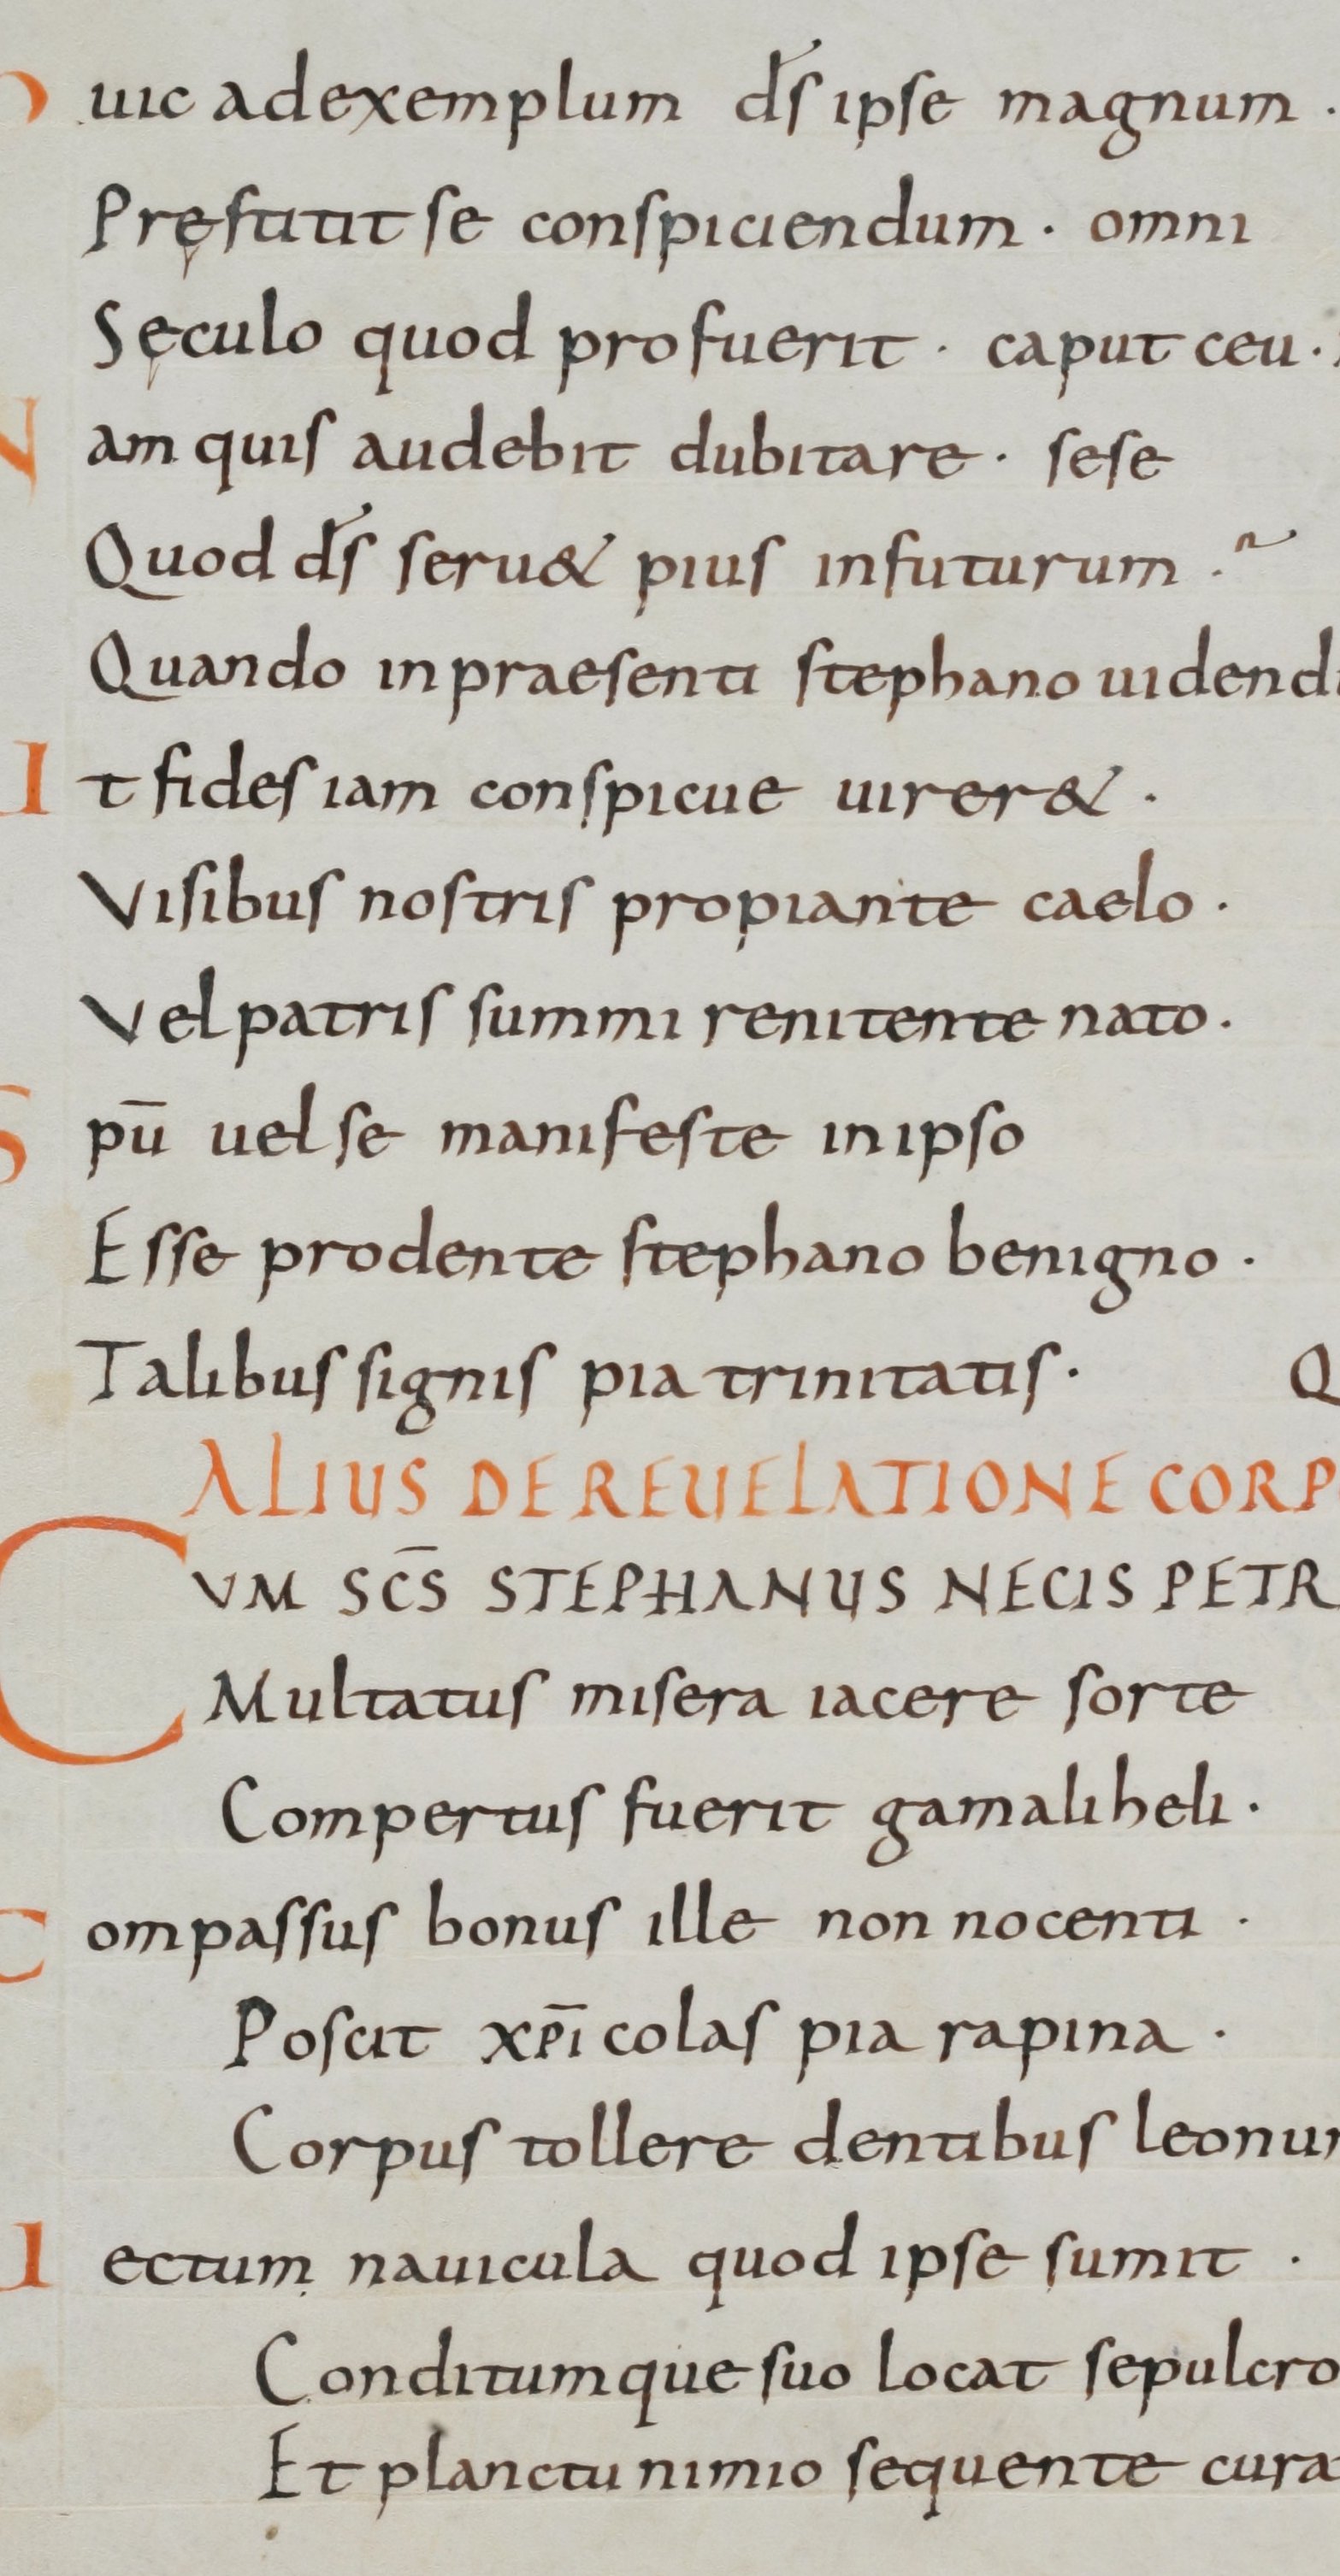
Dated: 900–999